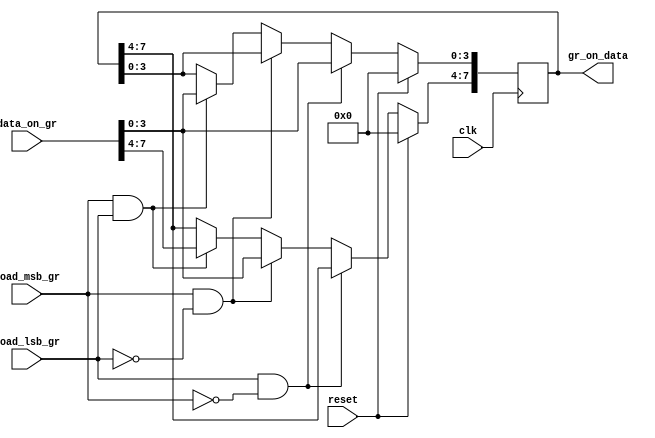
`timescale 1ns / 1ps
//////////////////////////////////////////////////////////////////////////////////
// Company:  San Jose State University
// Engineer:   
// 
// Design Name:    Genral Register Block
// Module Name:    gen_reg 
// Project Name: 
// Target Devices: 
// Tool versions: 
// Description: 
//
// Dependencies: 
//
// Revision: 
// Revision 0.01 - File Created
// Additional Comments: 
//
//////////////////////////////////////////////////////////////////////////////////
module gen_reg(clk,reset,load_lsb_gr,load_msb_gr,data_on_gr,gr_on_data );
input clk;
input reset;
input load_lsb_gr;
input load_msb_gr;
input [7:0] data_on_gr;
output [7:0] gr_on_data;
reg  [7:0] gr_on_data;

always @(posedge clk)
begin : Genral_Register_Block 
	if( reset)
		gr_on_data <= 8'd0;
	else
	begin
		if(load_lsb_gr && !load_msb_gr)
			gr_on_data[3:0] <= data_on_gr[3:0];
		else if(load_msb_gr && !load_lsb_gr)
			gr_on_data[7:4] <= data_on_gr[3:0];
		else if(load_msb_gr && load_lsb_gr)
			gr_on_data <= data_on_gr;
	end
end

endmodule